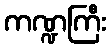
ကဏ္ဍကြီး